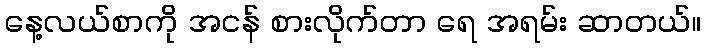
နေ့လယ်စာကို အငန် စားလိုက်တာ ရေ အရမ်း ဆာတယ်။